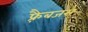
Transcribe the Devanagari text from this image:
फ़्रैबजस